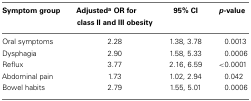
<table><thead><tr><td><b>Symptom group</b></td><td><b>Adjusted<sup>a</sup> OR for class II and III obesity</b></td><td><b>95% CI</b></td><td><b><i>p</i>-value</b></td></tr></thead><tbody><tr><td>Oral symptoms</td><td>2.28</td><td>1.38, 3.78</td><td>0.0013</td></tr><tr><td>Dysphagia</td><td>2.90</td><td>1.58, 5.33</td><td>0.0006</td></tr><tr><td>Reflux</td><td>3.77</td><td>2.16, 6.59</td><td>&lt;0.0001</td></tr><tr><td>Abdominal pain</td><td>1.73</td><td>1.02, 2.94</td><td>0.042</td></tr><tr><td>Bowel habits</td><td>2.79</td><td>1.55, 5.01</td><td>0.0006</td></tr></tbody></table>